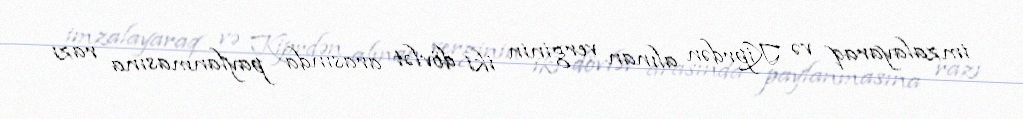
imzalayaraq və Kiprdən alınan verginin iki dövlət arasında paylanmasına razı